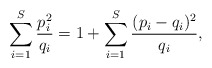
\begin{align*}\sum_{i = 1}^S \frac{p_i^2}{q_i} = 1 + \sum_{i =1}^S \frac{(p_i - q_i)^2}{q_i}, \end{align*}